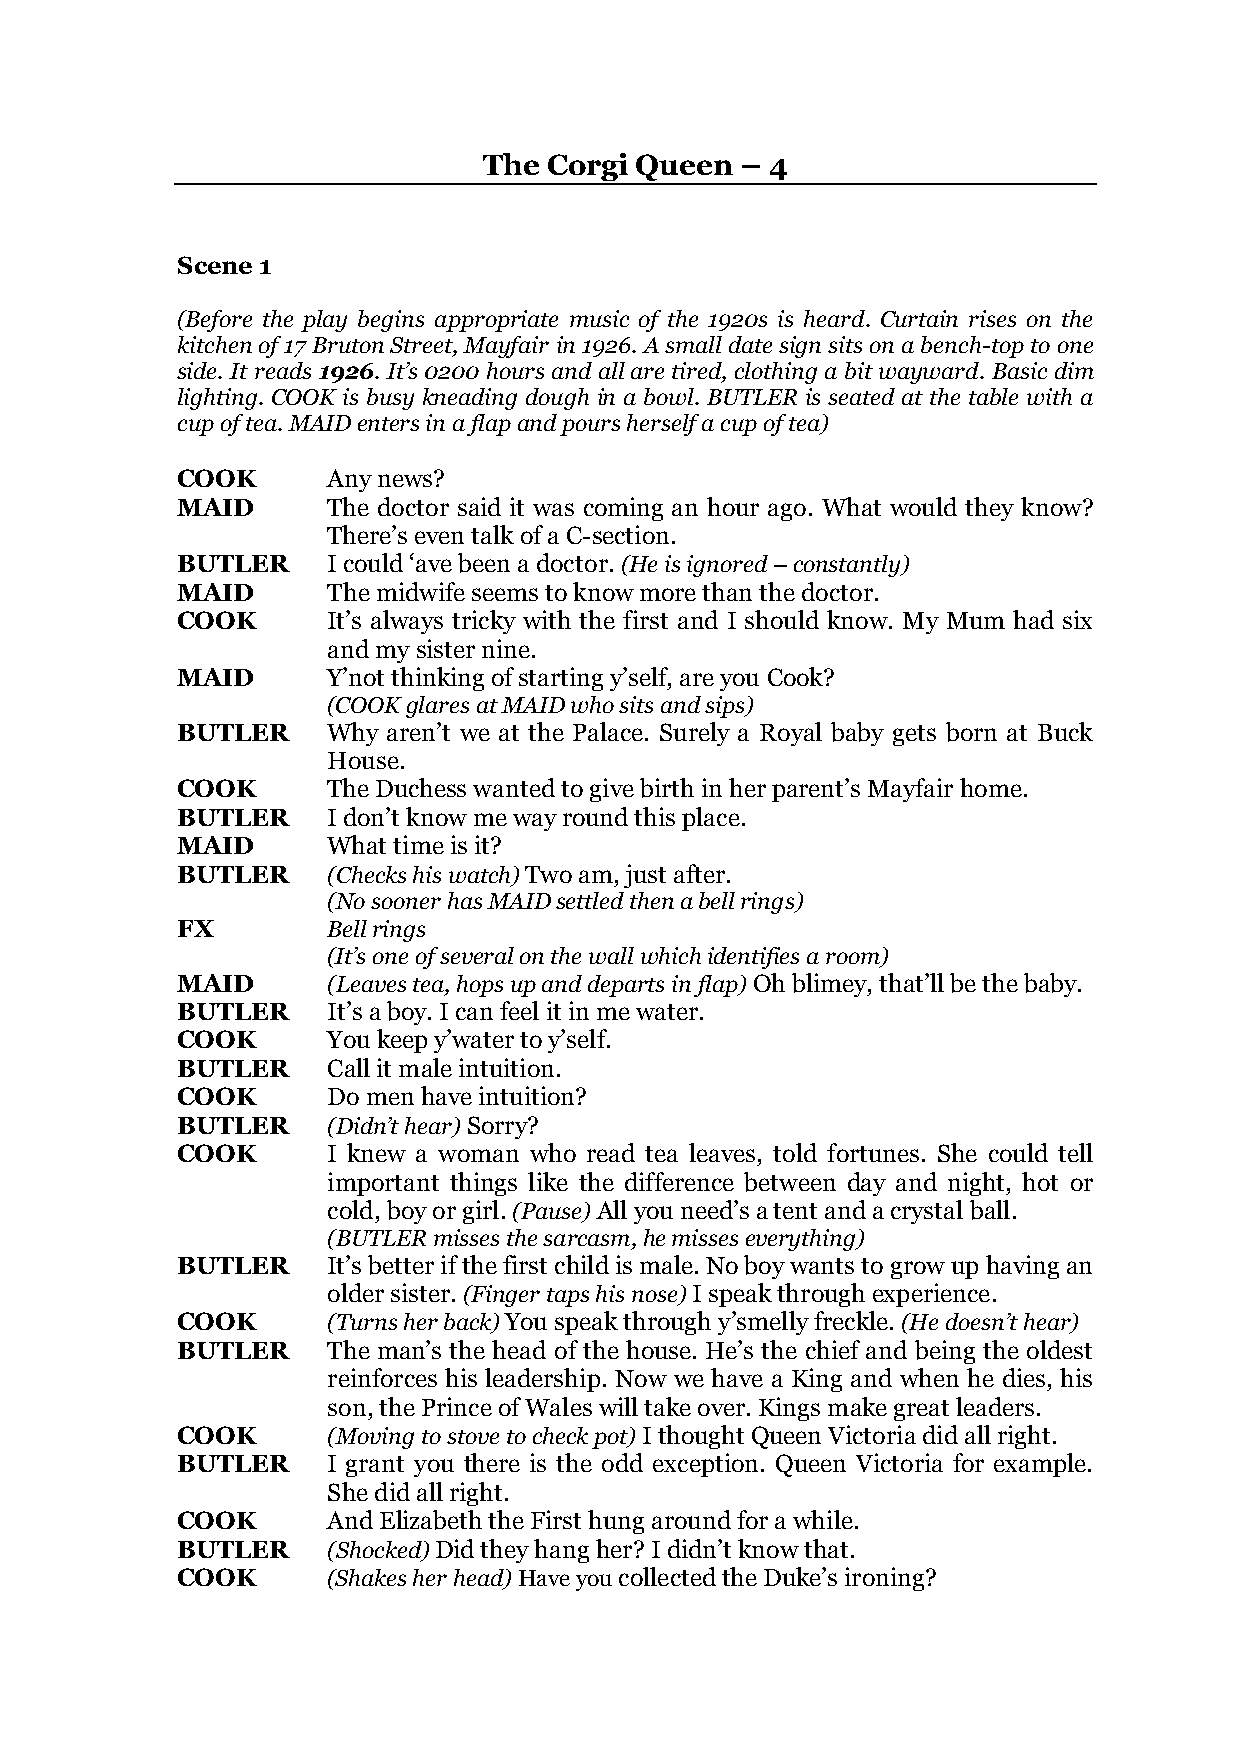
The Corgi Queen  – 4
 Scene 1
 (Before the play begins appropriate music of the 1920s is heard. Curtain rises on the
 kitchen of 17 Bruton Street, Mayfair in 1926. A small date sign sits on a bench-top to one
 side. It reads 1926. It’s 0200 hours and all are tired, clothing a bit wayward. Basic dim
 lighting. COOK is busy kneading dough in a bowl. BUTLER is seated at the table with a
 cup of tea. MAID enters in a flap and pours herself a cup of tea)
 COOK      Any news?
 MAID      The doctor said it was coming an hour ago. What would they know?
 There’s even talk of a C-section.
 BUTLER    I could ‘ave been a doctor. (He is ignored – constantly)
 MAID      The midwife seems to know more than the doctor.
 COOK      It’s always tricky with the first and I should know. My Mum had six
 and my sister nine.
 MAID      Y’not thinking of starting y’self, are you Cook?
 (COOK glares at MAID who sits and sips)
 BUTLER    Why aren’t we at the Palace. Surely a Royal baby gets born at Buck
 House.
 COOK      The Duchess wanted to give birth in her parent’s Mayfair home.
 BUTLER    I don’t know me way round this place.
 MAID      What time is it?
 BUTLER    (Checks his watch) Two am, just after.
 (No sooner has MAID settled then a bell rings)
 FX        Bell rings
 (It’s one of several on the wall which identifies a room)
 MAID      (Leaves tea, hops up and departs in flap) Oh blimey, that’ll be the baby.
 BUTLER    It’s a boy. I can feel it in me water.
 COOK      You keep y’water to y’self.
 BUTLER    Call it male intuition.
 COOK      Do men have intuition?
 BUTLER    (Didn’t hear) Sorry?
 COOK      I knew a woman who read tea leaves, told fortunes. She could tell
 important things like the difference between day and night, hot or
 cold, boy or girl. (Pause) All you need’s a tent and a crystal ball.
 (BUTLER misses the sarcasm, he misses everything)
 BUTLER    It’s better if the first child is male. No boy wants to grow up having an
 older sister. (Finger taps his nose) I speak through experience.
 COOK      (Turns her back) You speak through y’smelly freckle. (He doesn’t hear)
 BUTLER    The man’s the head of the house. He’s the chief and being the oldest
 reinforces his leadership. Now we have a King and when he dies, his
 son, the Prince of Wales will take over. Kings make great leaders.
 COOK      (Moving to stove to check pot) I thought Queen Victoria did all right.
 BUTLER    I grant you there is the odd exception. Queen Victoria for example.
 She did all right.
 COOK      And Elizabeth the First hung around for a while.
 BUTLER    (Shocked) Did they hang her? I didn’t know that.
 COOK      (Shakes her head) Have you collected the Duke’s ironing?